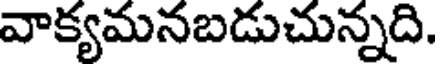
వాక్యమనబడుచున్నది.